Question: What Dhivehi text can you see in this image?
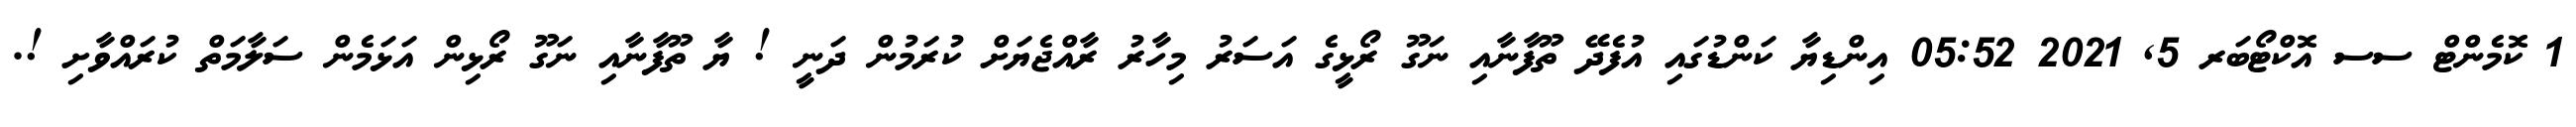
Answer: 1 ކޮމެންޓް ސސ އޮކްޓޯބަރ 5, 2021 05:52 އިންޑިޔާ ކަންޑުގައި އުފެދޭ ތޫފާނާއި ނަގޫ ރޯޅީގެ އަސަރު މިހާރު ރާއްޖެޔަށް ކުރަމުން ދަނީ ! ޔާ ތޫފާނާއި ނަގޫ ރޯޅިން އަޅަމެން ސަލާމަތް ކުރައްވާށި !.